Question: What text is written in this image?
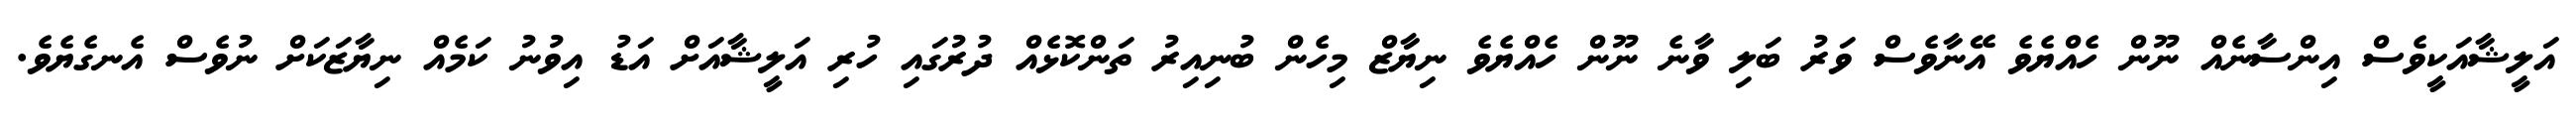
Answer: އަލީޝާއަކީވެސް އިންސާނެއް ނޫން ހެއްޔެވެ އޭނާވެސް ވަރު ބަލި ވާނެ ނޫން ހެއްޔެވެ ނިޔާޒް މިހެން ބުނިއިރު ތަންކޮޅެއް ދުރުގައި ހުރި އަލީޝާއަށް އަޑު އިވުނު ކަމެއް ނިޔާޒަކަށް ނުވެސް އެނގެޔެވެ.